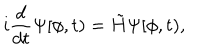
i \frac { d } { d t } \Psi [ \phi , t ) = \tilde { H } \Psi [ \phi , t ) ,